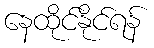
နေထိုင်နိုင်ရန်